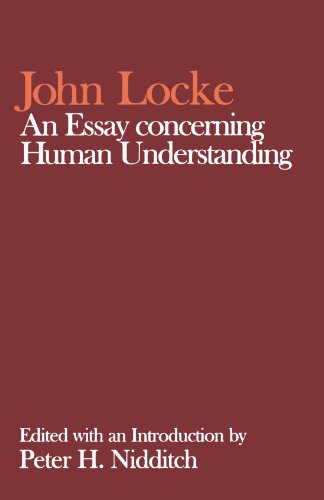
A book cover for An Essay Concerning Human Understanding (Clarendon Edition of the Works of John Locke); John Locke; Politics & Social Sciences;